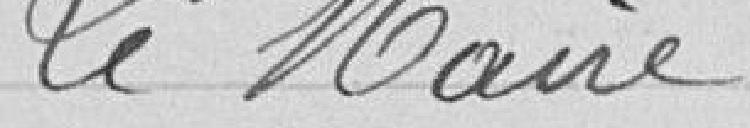
Le Maire